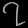
Digit: ၇